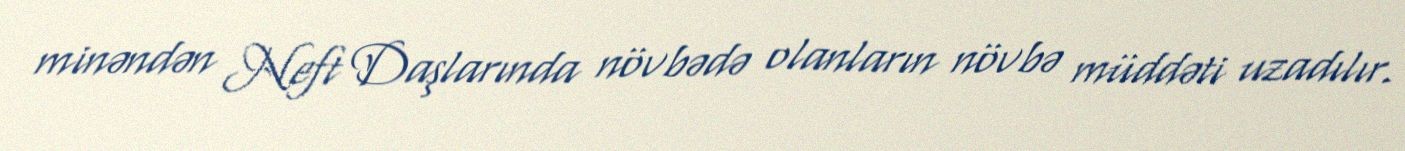
minəndən Neft Daşlarında növbədə olanların növbə müddəti uzadılır.